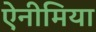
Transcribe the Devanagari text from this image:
ऐनीमिया